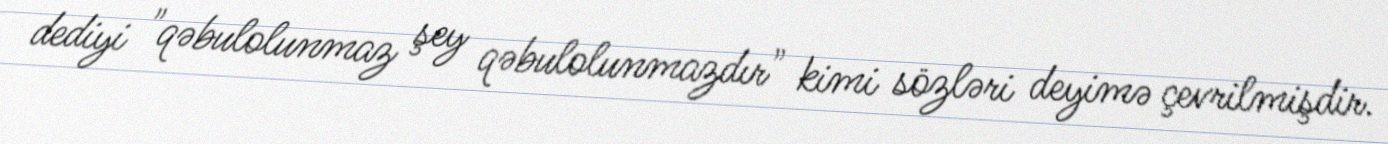
dediyi "qəbulolunmaz şey qəbulolunmazdır" kimi sözləri deyimə çevrilmişdir.